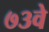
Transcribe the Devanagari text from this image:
७३वे